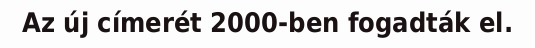
Az új címerét 2000-ben fogadták el.